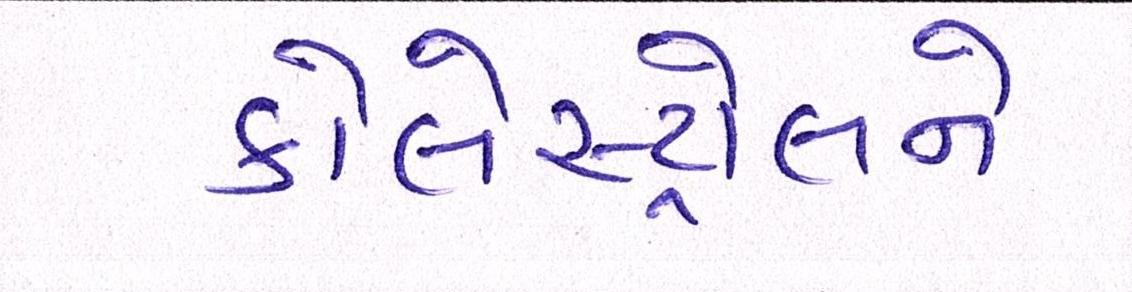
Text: કોલેસ્ટ્રોલને